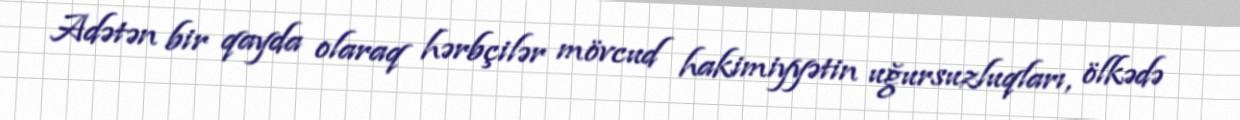
Adətən bir qayda olaraq hərbçilər mövcud hakimiyyətin uğursuzluqları, ölkədə